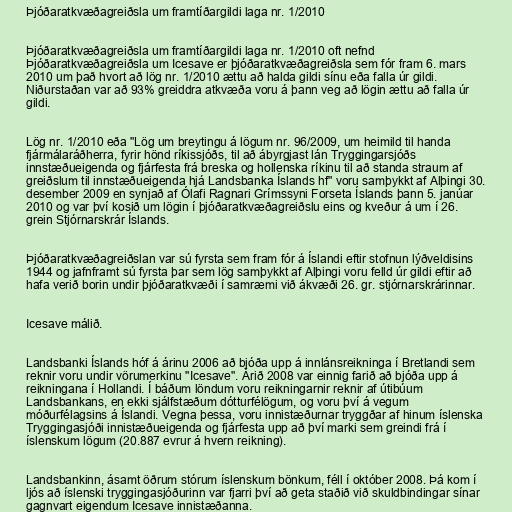
Þjóðaratkvæðagreiðsla um framtíðargildi laga nr. 1/2010

Þjóðaratkvæðagreiðsla um framtíðargildi laga nr. 1/2010 oft nefnd
Þjóðaratkvæðagreiðsla um Icesave er þjóðaratkvæðagreiðsla sem fór fram 6. mars
2010 um það hvort að lög nr. 1/2010 ættu að halda gildi sínu eða falla úr gildi.
Niðurstaðan var að 93% greiddra atkvæða voru á þann veg að lögin ættu að falla úr
gildi.

Lög nr. 1/2010 eða "Lög um breytingu á lögum nr. 96/2009, um heimild til handa
fjármálaráðherra, fyrir hönd ríkissjóðs, til að ábyrgjast lán Tryggingarsjóðs
innstæðueigenda og fjárfesta frá breska og hollenska ríkinu til að standa straum af
greiðslum til innstæðueigenda hjá Landsbanka Íslands hf" voru samþykkt af Alþingi 30.
desember 2009 en synjað af Ólafi Ragnari Grímssyni Forseta Íslands þann 5. janúar
2010 og var því kosið um lögin í þjóðaratkvæðagreiðslu eins og kveður á um í 26.
grein Stjórnarskrár Íslands.

Þjóðaratkvæðagreiðslan var sú fyrsta sem fram fór á Íslandi eftir stofnun lýðveldisins
1944 og jafnframt sú fyrsta þar sem lög samþykkt af Alþingi voru felld úr gildi eftir að
hafa verið borin undir þjóðaratkvæði í samræmi við ákvæði 26. gr. stjórnarskrárinnar.

Icesave málið.

Landsbanki Íslands hóf á árinu 2006 að bjóða upp á innlánsreikninga í Bretlandi sem
reknir voru undir vörumerkinu "Icesave". Árið 2008 var einnig farið að bjóða upp á
reikningana í Hollandi. Í báðum löndum voru reikningarnir reknir af útibúum
Landsbankans, en ekki sjálfstæðum dótturfélögum, og voru því á vegum
móðurfélagsins á Íslandi. Vegna þessa, voru innistæðurnar tryggðar af hinum íslenska
Tryggingasjóði innistæðueigenda og fjárfesta upp að því marki sem greindi frá í
íslenskum lögum (20.887 evrur á hvern reikning).

Landsbankinn, ásamt öðrum stórum íslenskum bönkum, féll í október 2008. Þá kom í
ljós að íslenski tryggingasjóðurinn var fjarri því að geta staðið við skuldbindingar sínar
gagnvart eigendum Icesave innistæðanna.